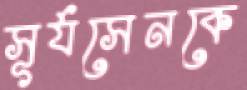
সূর্যসেনকে